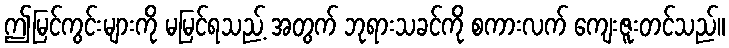
ဤမြင်ကွင်းများကို မမြင်ရသည့် အတွက် ဘုရားသခင်ကို စကားလက် ကျေးဇူးတင်သည်။